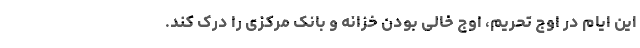
این ایام در اوج تحریم، اوج خالی بودن خزانه و بانک مرکزی را درک کند.